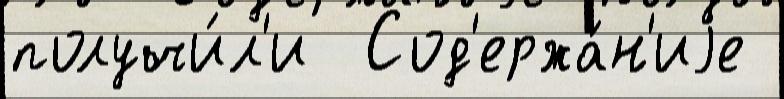
получи́л'и  Сод'ержа́н'иjе